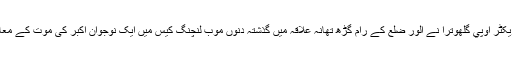
اس سلسلےمیں راجستھان کے پولیس جنرل ڈائریکٹر اوپي گلهوترا نے الور ضلع کے رام گڑھ تھانہ علاقہ میں گذشتہ دنوں موب لنچنگ کیس میں ایک نوجوان اکبر کی موت کے معاملے کی تفصیلی جانچ کرانے کا اعلان کیا ہے۔